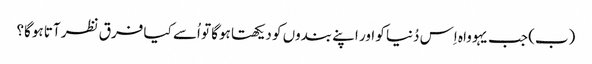
‏ (‏ب)‏ جب یہوواہ اِس دُنیا کو اور اپنے بندوں کو دیکھتا ہوگا تو اُسے کیا فرق نظر آتا ہوگا؟